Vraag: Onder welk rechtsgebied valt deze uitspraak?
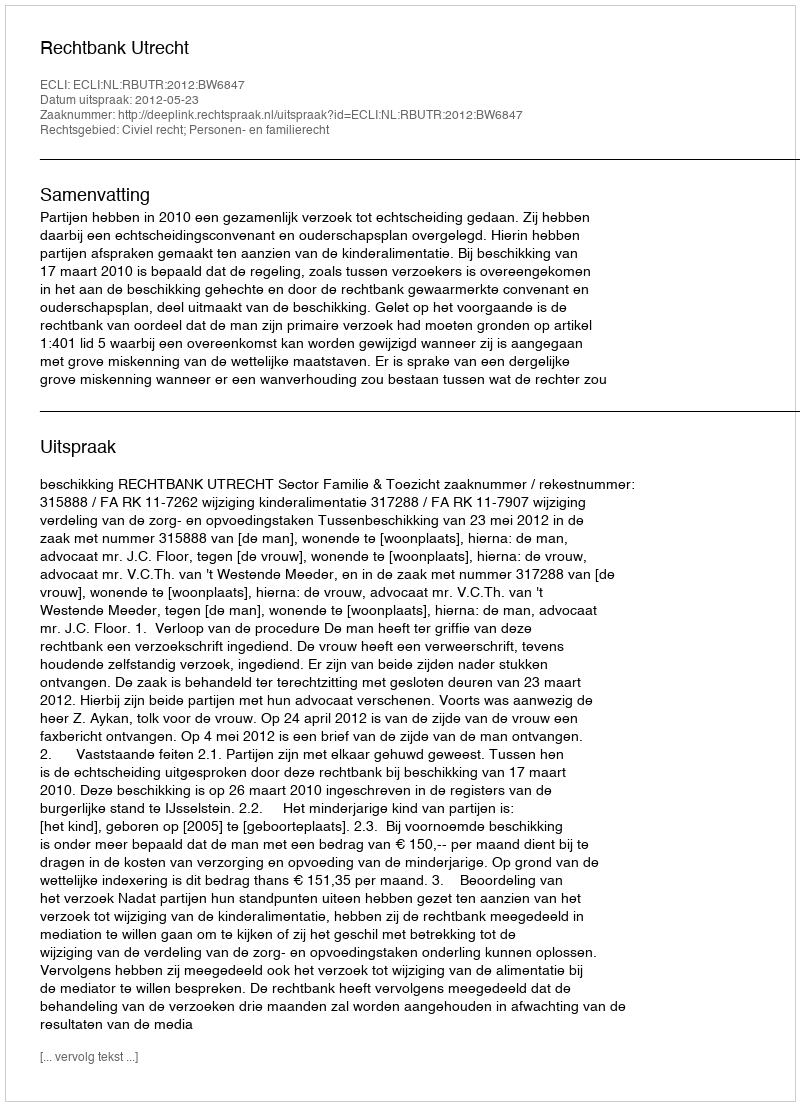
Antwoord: Civiel recht; Personen- en familierecht